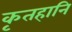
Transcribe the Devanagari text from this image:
कृतहानि